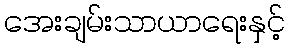
အေးချမ်းသာယာရေးနှင့်